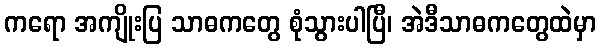
ကရော အကျိုးပြ သာဓကတွေ စုံသွားပါပြီ၊ အဲဒီသာဓကတွေထဲမှာ